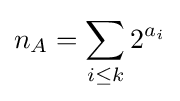
n_{A}=\sum _{i\leq k}2^{a_{i}}